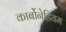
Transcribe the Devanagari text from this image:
कार्बोनेडियम